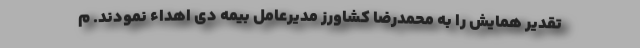
تقدیر همایش را به محمدرضا کشاورز مدیرعامل بیمه دی اهداء نمودند. م